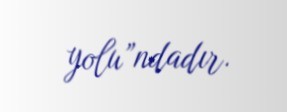
yolu”ndadır.